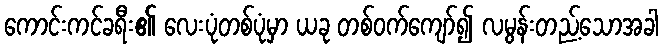
ကောင်းကင်ခရီး၏ လေးပုံတစ်ပုံမှာ ယခု တစ်ဝက်ကျော်၍ လမွန်းတည့်သောအခါ